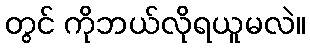
တွင် ကိုဘယ်လိုရယူမလဲ။